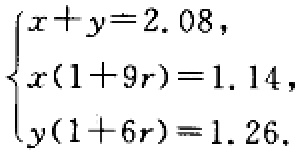
\(\begin{cases}
x + y = 2.08, \\
x(1 + 9r) = 1.14, \\
y(1 + 6r) = 1.26.
\end{cases}\)